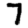
Digit: 7